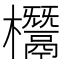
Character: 𣠟